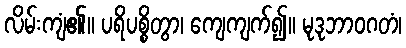
လိမ်းကျံ၏။ ပရိပစ္စိတွာ၊ ကျေကျက်၍။ မုဒုဘာဝဂတံ၊